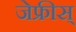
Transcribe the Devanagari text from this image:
जेफ्रीस्